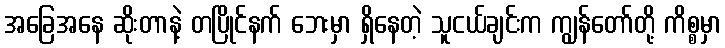
အခြေအနေ ဆိုးတာနဲ့ တပြိုင်နက် ဘေးမှာ ရှိနေတဲ့ သူငယ်ချင်းက ကျွန်တော်တို့ ကိစ္စမှာ